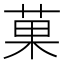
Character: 菓